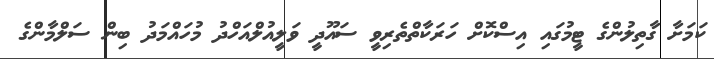
ކަމަށާ ގާތިލުންގެ ޓީމުގައި އިސްކޮށް ހަރަކާތްތެރިވީ ސައޫދީ ވަލީއުލްއަހްދު މުހައްމަދު ބިން ސަލްމާންގެ